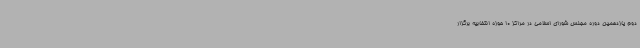
دوم یازدهمین دوره مجلس شورای اسلامی در مراکز 10 حوزه انتخابیه برگزار